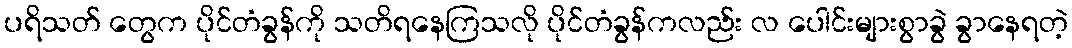
ပရိသတ် တွေက ပိုင်တံခွန်ကို သတိရနေကြသလို ပိုင်တံခွန်ကလည်း လ ပေါင်းများစွာခွဲ ခွာနေရတဲ့